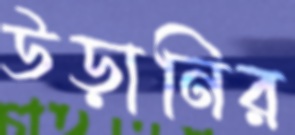
উড়ানির